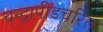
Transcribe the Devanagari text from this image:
चन्द्रापीडचरित